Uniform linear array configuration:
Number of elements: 64
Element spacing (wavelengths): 0.5
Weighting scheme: hann
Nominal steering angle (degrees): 30
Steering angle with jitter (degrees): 28.083
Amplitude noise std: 0.05
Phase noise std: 0.05

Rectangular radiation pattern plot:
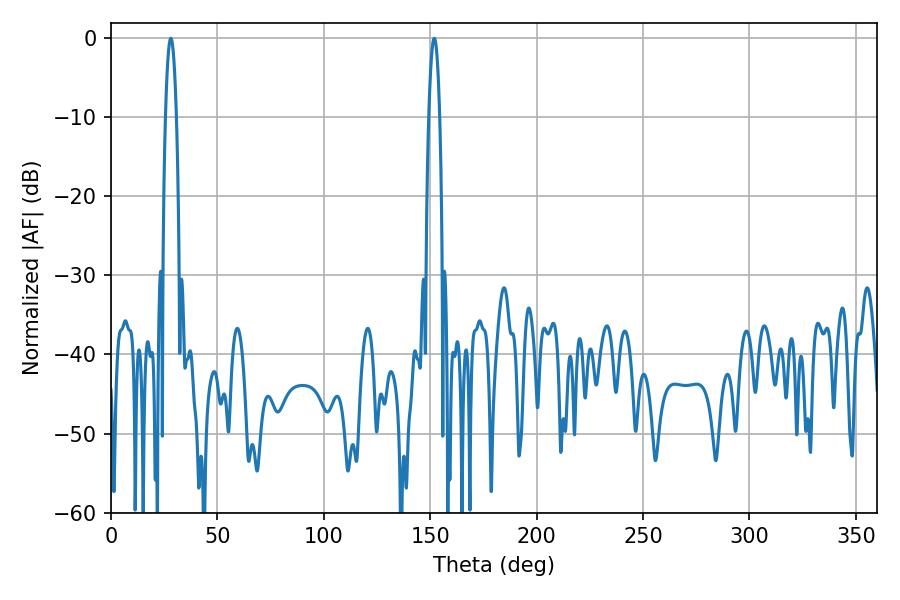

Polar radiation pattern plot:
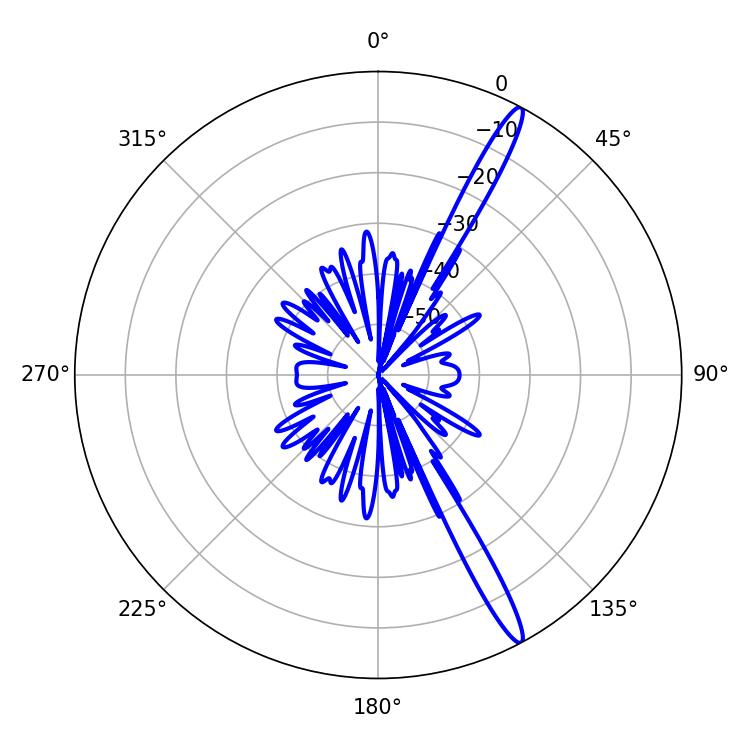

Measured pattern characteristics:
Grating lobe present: FALSE
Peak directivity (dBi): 15.96
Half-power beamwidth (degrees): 2.88
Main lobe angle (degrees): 28.08